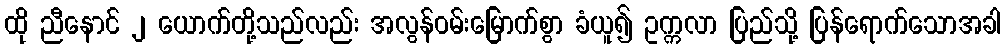
ထို ညီနောင် ၂ ယောက်တို့သည်လည်း အလွန်ဝမ်းမြောက်စွာ ခံယူ၍ ဥက္ကလာ ပြည်သို့ ပြန်ရောက်သောအခါ